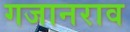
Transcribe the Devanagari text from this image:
गजानराव